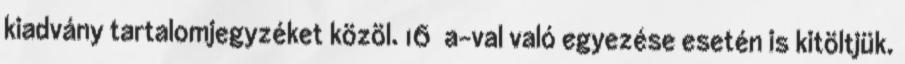
kiadvány tartalomjegyzéket közöl. 16 a-val való egyezése esetén is kitöltjük.